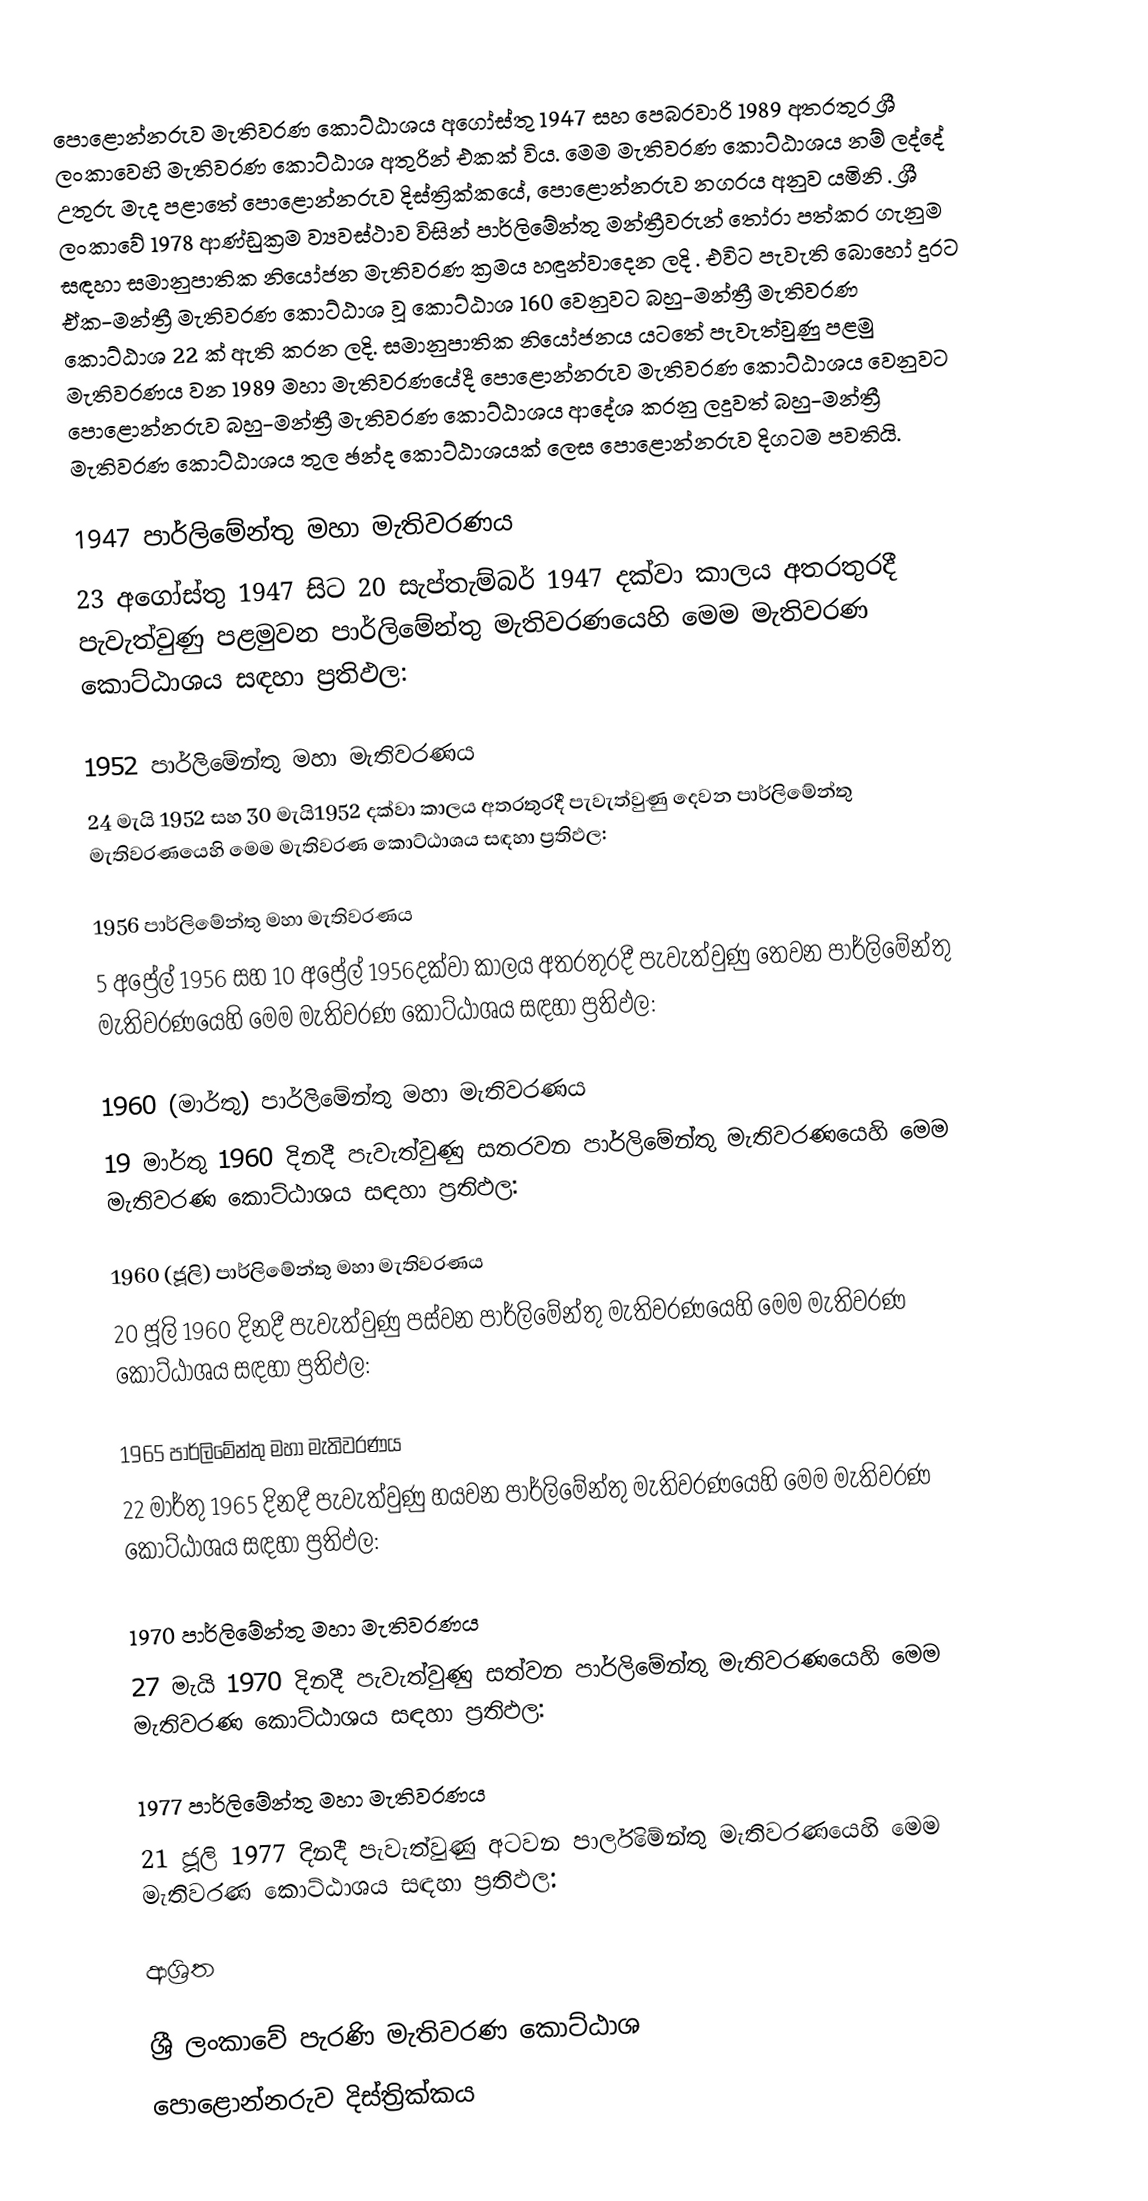
පොළොන්නරුව මැතිවරණ කොට්ඨාශය  අගෝස්තු 1947 සහ පෙබරවාරි 1989 අතරතුර  ශ්‍රී ලංකාවෙහි  මැතිවරණ කොට්ඨාශ අතුරින් එකක් විය. මෙම මැතිවරණ කොට්ඨාශය නම් ලද්දේ  උතුරු මැද පළාතේ  පොළොන්නරුව දිස්ත්‍රික්කයේ,  පොළොන්නරුව නගරය අනුව යමිනි . ශ්‍රී ලංකාවේ 1978 ආණ්ඩුක්‍රම ව්‍යවස්ථාව විසින්   පාර්ලිමේන්තු මන්ත්‍රීවරුන් තෝරා පත්කර ගැනුම සඳහා සමානුපාතික නියෝජන මැතිවරණ ක්‍රමය හඳුන්වාදෙන ලදි . එවිට පැවැති බොහෝ දුරට  ඒක-මන්ත්‍රී මැතිවරණ කොට්ඨාශ වූ කොට්ඨාශ 160 වෙනුවට බහු-මන්ත්‍රී මැතිවරණ කොට්ඨාශ 22 ක් ඇති කරන ලදි. සමානුපාතික නියෝජනය යටතේ පැවැත්වුණු  පළමු මැතිවරණය වන 1989 මහා මැතිවරණයේදී  පොළොන්නරුව මැතිවරණ කොට්ඨාශය වෙනුවට  පොළොන්නරුව බහු-මන්ත්‍රී මැතිවරණ කොට්ඨාශය  ආදේශ කරනු ලදුවත් බහු-මන්ත්‍රී මැතිවරණ කොට්ඨාශය තුල ඡන්ද කොට්ඨාශයක් ලෙස පොළොන්නරුව දිගටම පවතියි.

1947 පාර්ලිමේන්තු මහා මැතිවරණය
23 අගෝස්තු 1947 සිට 20 සැප්තැම්බර් 1947 දක්වා කාලය අතරතුරදී පැවැත්වුණු   පළමුවන පාර්ලිමේන්තු මැතිවරණයෙහි මෙම මැතිවරණ කොට්ඨාශය සඳහා ප්‍රතිඵල:

1952 පාර්ලිමේන්තු මහා මැතිවරණය
24 මැයි 1952 සහ 30 මැයි1952 දක්වා කාලය අතරතුරදී පැවැත්වුණු   දෙවන පාර්ලිමේන්තු මැතිවරණයෙහි මෙම මැතිවරණ කොට්ඨාශය සඳහා ප්‍රතිඵල:

1956 පාර්ලිමේන්තු මහා මැතිවරණය
5 අප්‍රේල් 1956 සහ 10 අප්‍රේල් 1956දක්වා කාලය අතරතුරදී පැවැත්වුණු   තෙවන පාර්ලිමේන්තු මැතිවරණයෙහි මෙම මැතිවරණ කොට්ඨාශය සඳහා ප්‍රතිඵල:

1960 (මාර්තු) පාර්ලිමේන්තු මහා මැතිවරණය
19 මාර්තු 1960 දිනදී පැවැත්වුණු   සතරවන පාර්ලිමේන්තු මැතිවරණයෙහි මෙම මැතිවරණ කොට්ඨාශය සඳහා ප්‍රතිඵල:

1960 (ජූලි) පාර්ලිමේන්තු මහා මැතිවරණය
20 ජූලි 1960 දිනදී පැවැත්වුණු   පස්වන පාර්ලිමේන්තු මැතිවරණයෙහි මෙම මැතිවරණ කොට්ඨාශය සඳහා ප්‍රතිඵල:

1965 පාර්ලිමේන්තු මහා මැතිවරණය
22 මාර්තු 1965  දිනදී පැවැත්වුණු   හයවන පාර්ලිමේන්තු මැතිවරණයෙහි මෙම මැතිවරණ කොට්ඨාශය සඳහා ප්‍රතිඵල:

1970 පාර්ලිමේන්තු මහා මැතිවරණය
27 මැයි 1970 දිනදී පැවැත්වුණු   සත්වන පාර්ලිමේන්තු මැතිවරණයෙහි මෙම මැතිවරණ කොට්ඨාශය සඳහා ප්‍රතිඵල:

1977 පාර්ලිමේන්තු මහා මැතිවරණය
21 ජූලි 1977 දිනදී පැවැත්වුණු   අටවන පාර්ලිමේන්තු මැතිවරණයෙහි මෙම මැතිවරණ කොට්ඨාශය සඳහා ප්‍රතිඵල:

ආශ්‍රිත

ශ්‍රී ලංකාවේ පැරණි මැතිවරණ කොට්ඨාශ
 පොළොන්නරුව දිස්ත්‍රික්කය